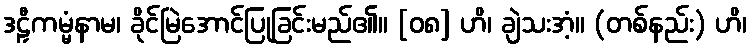
ဒဠှီကမ္မံနာမ၊ ခိုင်မြဲအောင်ပြုခြင်းမည်၏။ [၀၈] ဟိ၊ ချဲသးအံ့။ (တစ်နည်း) ဟိ၊